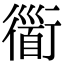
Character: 衟